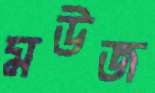
মউজ